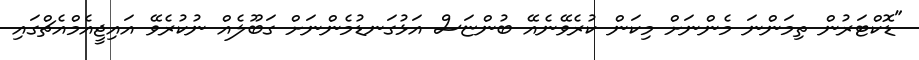
"ޑޮކްޓަރުން ތިމަންނަ މެންނަށް މިކަން ކުރެވޭނެއޭ ބުންޏަސް އަޅުގަނޑުމެންނަށް ގަބޫލެއް ނުކުރެވޭ އައިޖީއެމްއެޗްގައި